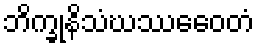
ဘိက္ခုနိသံဃဿေဝေတံ